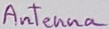
Text: Antenna